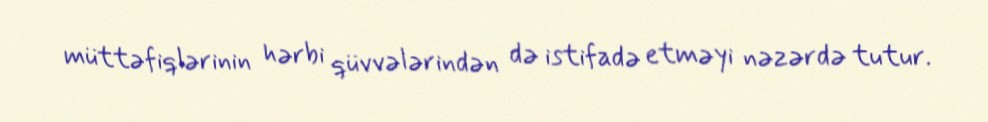
müttəfiqlərinin hərbi qüvvələrindən də istifadə etməyi nəzərdə tutur.